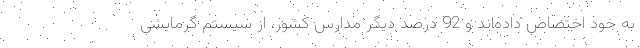
به خود اختصاص داده‌اند و 92 درصد دیگر مدارس کشور، از سیستم گرمایشی